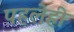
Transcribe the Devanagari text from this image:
पहलेही